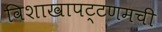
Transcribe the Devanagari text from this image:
विशाखापट्टणमची